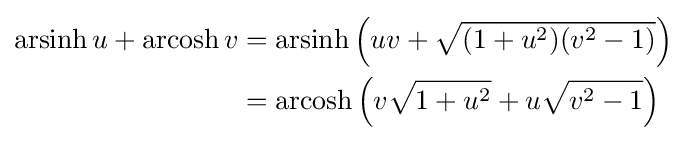
{\begin{aligned}\operatorname {arsinh} u+\operatorname {arcosh} v&=\operatorname {arsinh} \left(uv+{\sqrt {(1+u^{2})(v^{2}-1)}}\right)\\&=\operatorname {arcosh} \left(v{\sqrt {1+u^{2}}}+u{\sqrt {v^{2}-1}}\right)\end{aligned}}